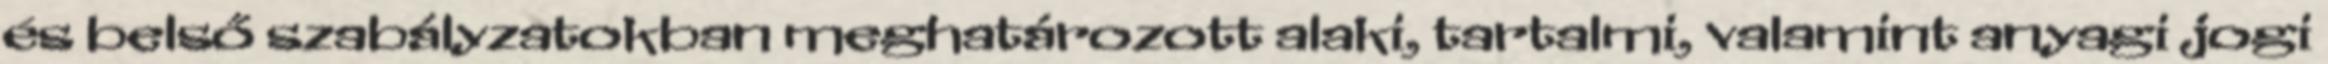
és belső szabályzatokban meghatározott alaki, tartalmi, valamint anyagi jogi